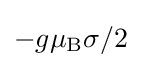
-g\mu _{\rm {B}}\mathbf {\sigma } /2